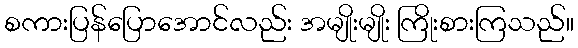
စကားပြန်ပြောအောင်လည်း အမျိုးမျိုး ကြိုးစားကြသည်။